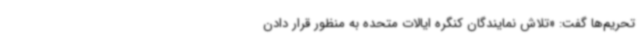
تحریم‌ها گفت: «تلاش نمایندگان کنگره ایالات متحده به منظور قرار دادن